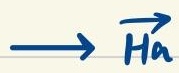
$\rightarrow \vec{H_a}$